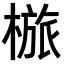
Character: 𣖺